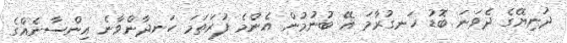
ދުނިޔޭގެ ދެވަނަ ބޮޑު ހަނގުރާމަ އޭ ބުނުމުން އެންމެ ފުރަތަމަ ހަނދާންވާނެ އިންސާނެއްގެ